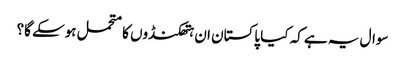
سوال یہ ہے کہ کیا پاکستان ان ہتھکنڈوں کا متحمل ہوسکے گا؟